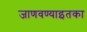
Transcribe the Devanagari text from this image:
जाणवण्याइतका